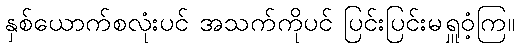
နှစ်ယောက်စလုံးပင် အသက်ကိုပင် ပြင်းပြင်းမရှူဝံ့ကြ။